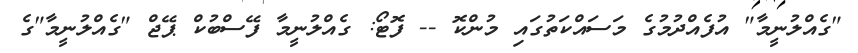
"ގެއްލުނީމާ" އުފެއްދުމުގެ މަސައްކަތުގައި މުންކޮ -- ފޮޓޯ: ގެއްލުނީމާ ފޭސްބުކް ޕޭޖް "ގެއްލުނީމާ"ގެ